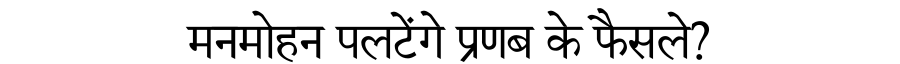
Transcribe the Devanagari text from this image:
मनमोहन पलटेंगे प्रणब के फैसले?